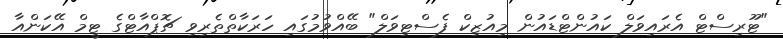
"ޓޫރިސްޓް އެރައިވަލް ކައުންޓްޑައުން މިއުޒިކް ފެސްޓިވަލް" ބޭއްވުމުގައި ހަރަކާތްތެރިވި ޗޮޕްއާޓްގެ ޓީމް އޭކަންއާ